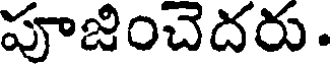
పూజించెదరు.